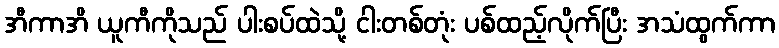
အီကာအိ ယူကီကိုသည် ပါးစပ်ထဲသို့ ငါးတစ်တုံး ပစ်ထည့်လိုက်ပြီး အသံထွက်ကာ